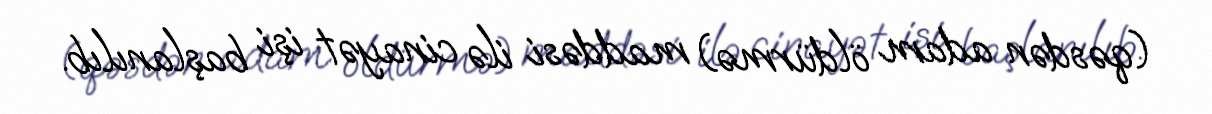
(qəsdən adam öldürmə) maddəsi ilə cinayət işi başlanılıb.